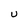
Character: U